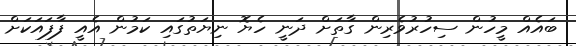
ބައެއް މީހުން ސިހުރުވެރިން ގާތަށް ދަނީ ހެޔޮ ނިޔަތުގައި ކަމުން އެއީ ފާފައަކަށް